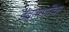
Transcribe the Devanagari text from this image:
इंद्रायणींचा